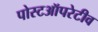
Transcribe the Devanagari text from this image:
पोस्टऑपरेटीव